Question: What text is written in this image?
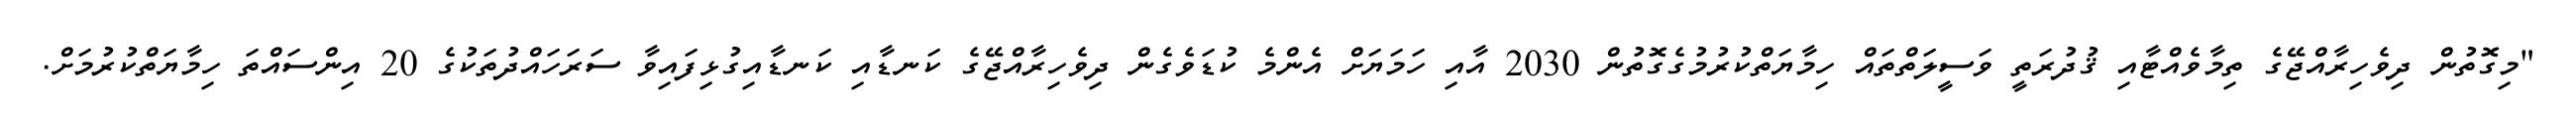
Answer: "މިގޮތުން ދިވެހިރާއްޖޭގެ ތިމާވެއްޓާއި ޤުދުރަތީ ވަސީލަތްތައް ހިމާޔަތްކުރުމުގެގޮތުން 2030 އާއި ހަމަޔަށް އެންމެ ކުޑަވެގެން ދިވެހިރާއްޖޭގެ ކަނޑާއި ކަނޑާއިގުޅިފައިވާ ސަރަހައްދުތަކުގެ 20 އިންސައްތަ ހިމާޔަތްކުރުމަށް.